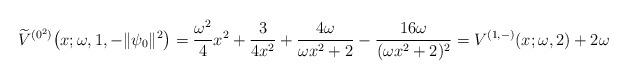
LaTeX: \begin{gather*} \widetilde{V}^{(0^{2})}\big(x;\omega ,1,- \Vert \psi _{0} \Vert ^{2}\big) =\frac{\omega ^{2}}{4}x^{2}+\frac{3}{4x^{2}}+\frac{ 4\omega }{\omega x^{2}+2}-\frac{16\omega }{( \omega x^{2}+2) ^{2}} = V^{ ( 1,- ) }(x;\omega ,2)+2\omega\end{gather*}